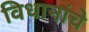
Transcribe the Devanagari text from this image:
विधानांचे